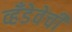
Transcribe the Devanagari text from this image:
व्हँडेवेची